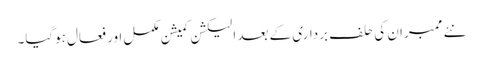
نئے ممبران کی حلف برداری کے بعد الیکشن کمیشن مکمل اور فعال ہوگیا۔